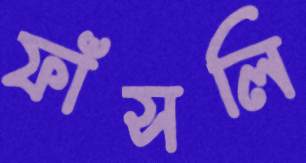
ফাঁসলি